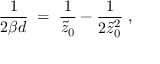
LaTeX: { \frac { 1 } { 2 \beta d } } \; = \; { \frac { 1 } { \tilde { z } _ { 0 } } } - { \frac { 1 } { 2 \tilde { z } _ { 0 } ^ { 2 } } } \; ,